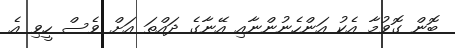
ބޮން ގޮވުމާ އެކު އަންހެނުންނާއި އޭނާގެ ދައްތަ އަށް ވެސް ހީވި އެ